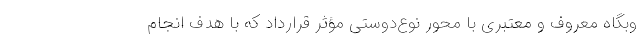
وبگاه معروف و معتبری با محور نوع‌دوستی مؤثر قرارداد که با هدف انجام